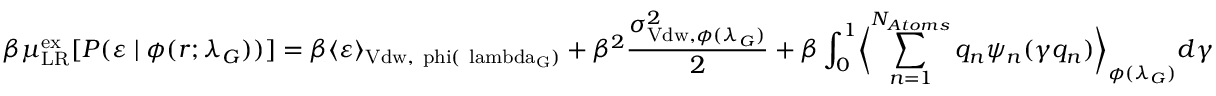
\beta \mu _ { \mathrm { L R } } ^ { \mathrm { { e x } } } [ P ( \varepsilon \; | \; \phi ( r ; \lambda _ { G } ) ) ] = \beta \langle \varepsilon \rangle _ { \mathrm { { V d w } , \ p h i ( \ l a m b d a _ { G } ) } } + \beta ^ { 2 } \frac { \sigma _ { \mathrm { V d w } , \phi ( \lambda _ { G } ) } ^ { 2 } } { 2 } + \beta \int _ { 0 } ^ { 1 } \biggl < \sum _ { n = 1 } ^ { N _ { A t o m s } } q _ { n } \psi _ { n } ( \gamma q _ { n } ) \biggr > _ { \phi ( \lambda _ { G } ) } d \gamma